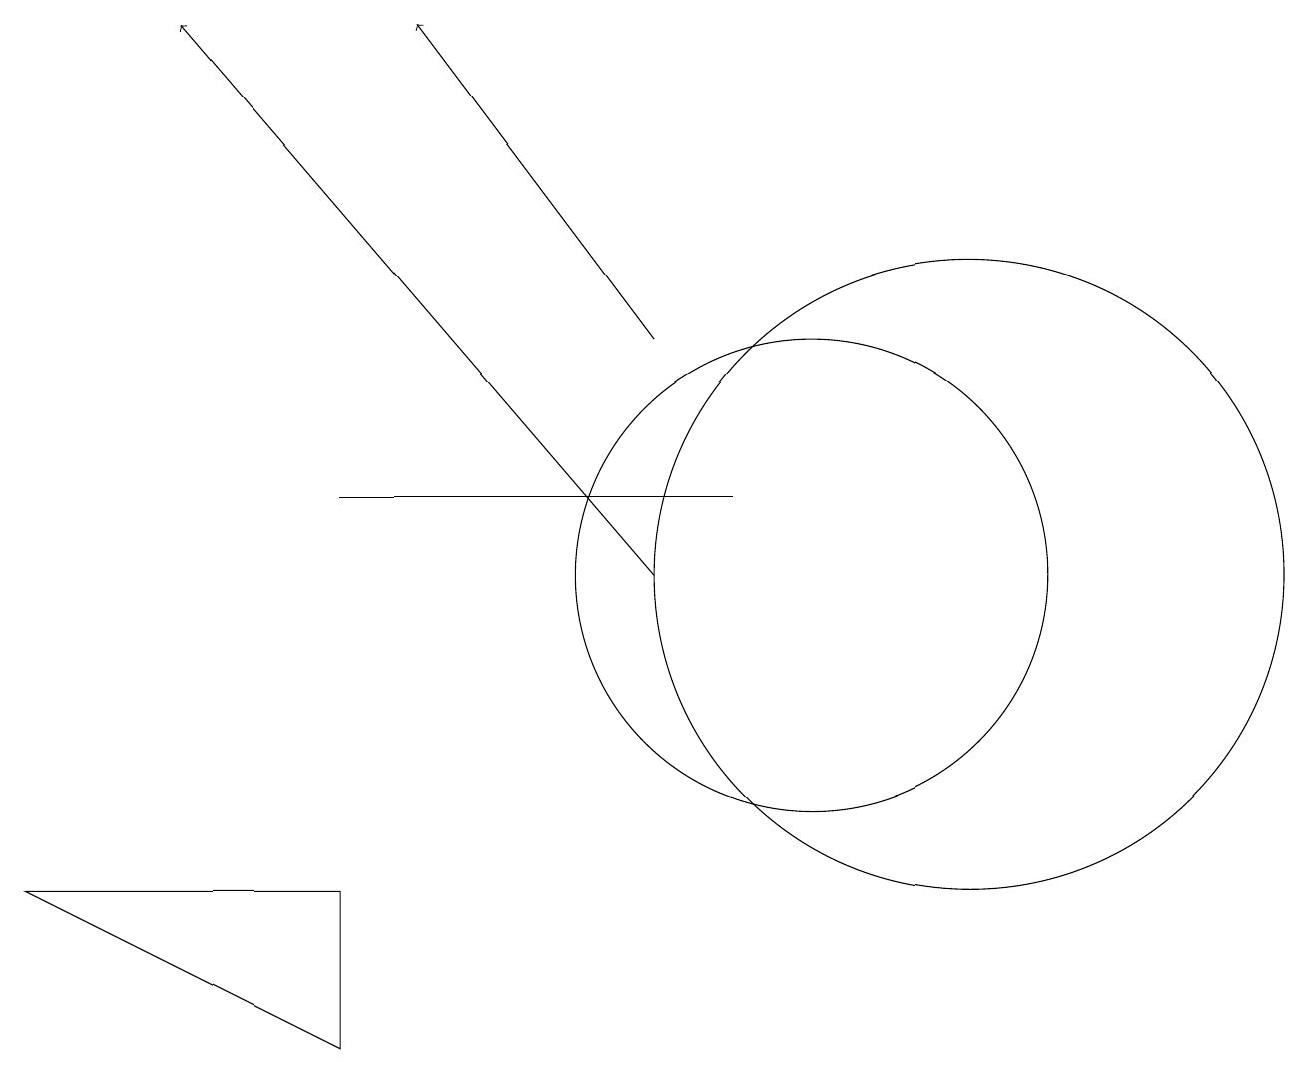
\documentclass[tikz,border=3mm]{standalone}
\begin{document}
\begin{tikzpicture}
\draw[->] (8,10) -- (2,17);
\draw (10,10) circle (3);
\draw[->] (8,13) -- (5,17);
\draw (12,10) circle (4);
\draw (4,6) -- (4,4) -- (0,6) -- cycle;
\draw (9,11) rectangle (4,11);
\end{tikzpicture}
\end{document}